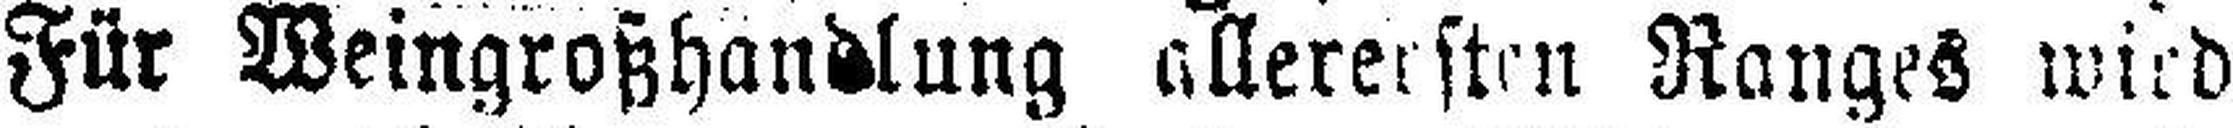
Für Weingroßhandlung allerersten Ranges wird